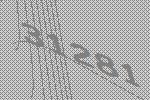
31281